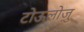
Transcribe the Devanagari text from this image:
टोऊलोज़ु